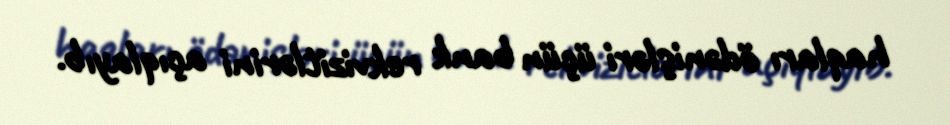
haqları ödənişləri üçün bank rekvizitlərini açıqlayıb.